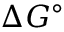
\Delta G ^ { \circ }